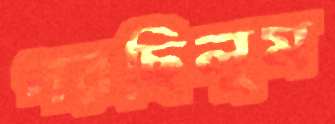
পরছিলুম